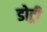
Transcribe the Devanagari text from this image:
डोट्री